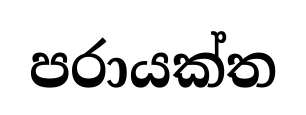
පරායක්ත